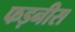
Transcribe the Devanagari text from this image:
फड़नीस